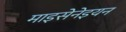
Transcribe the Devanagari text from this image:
माइसेनेइयन